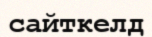
сайткелд